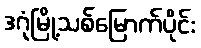
ဒဂုံမြို့သစ်မြောက်ပိုင်း